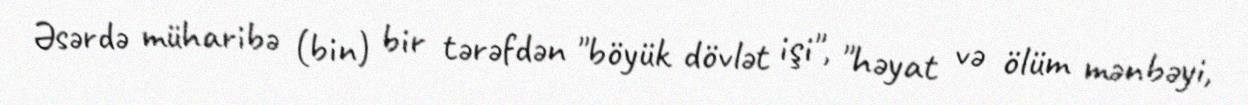
Əsərdə müharibə (bin) bir tərəfdən "böyük dövlət işi", "həyat və ölüm mənbəyi,